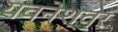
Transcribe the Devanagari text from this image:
यवनेश्वर